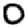
Digit: 0